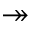
\twoheadrightarrow